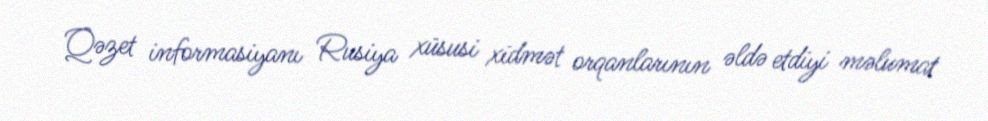
Qəzet informasiyanı Rusiya xüsusi xidmət orqanlarının əldə etdiyi məlumat